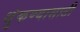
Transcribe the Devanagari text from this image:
थुंकण्यासाठी